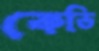
কেভি